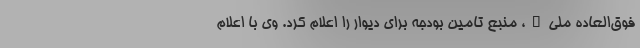
فوق‌العاده ملی"، منبع تامین بودجه برای دیوار را اعلام کرد. وی با اعلام